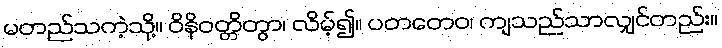
မတည်သကဲ့သို့။ ဝိနိဝတ္တိတွာ၊ လိမ့်၍။ ပတတေဝ၊ ကျသည်သာလျှင်တည်း။